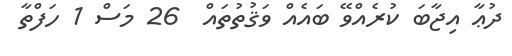
ދުޢާ އިޖާބަ ކުރެއްވޭ ބައެއް ވަޤުތުތައް  26 މަސް 1 ހަފްތާ